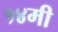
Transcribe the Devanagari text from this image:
१४मी